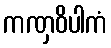
ကဏှဝိပါကံ